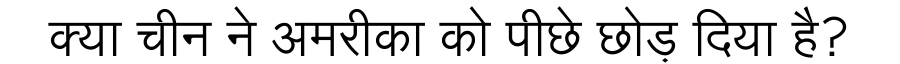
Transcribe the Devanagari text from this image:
क्या चीन ने अमरीका को पीछे छोड़ दिया है?